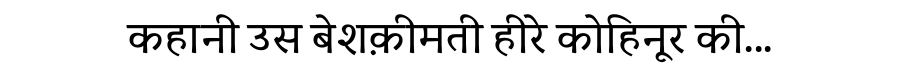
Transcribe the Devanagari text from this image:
कहानी उस बेशक़ीमती हीरे कोहिनूर की...